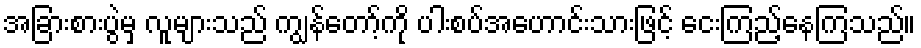
အခြားစားပွဲမှ လူများသည် ကျွန်တော့်ကို ပါးစပ်အဟောင်းသားဖြင့် ငေးကြည့်နေကြသည်။